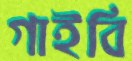
গাইবি